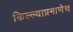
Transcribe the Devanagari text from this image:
किल्ल्याप्रमाणेच